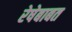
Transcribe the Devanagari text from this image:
रेषेबाबत